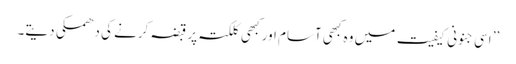
’’ اسی جنونی کیفیت میں وہ کبھی آسام اور کبھی کلکتہ پر قبضہ کرنے کی دھمکی دیتے۔